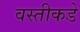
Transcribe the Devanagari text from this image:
वस्तीकडे